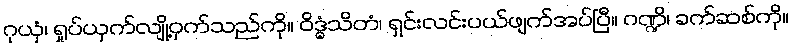
ဂုယှံ၊ ရှုပ်ယှက်လျို့ဝှက်သည်ကို။ ဝိဒ္ဓံသိတံ၊ ရှင်းလင်းပယ်ဖျက်အပ်ပြီ။ ဂဏ္ဍိ၊ ခက်ဆစ်ကို။